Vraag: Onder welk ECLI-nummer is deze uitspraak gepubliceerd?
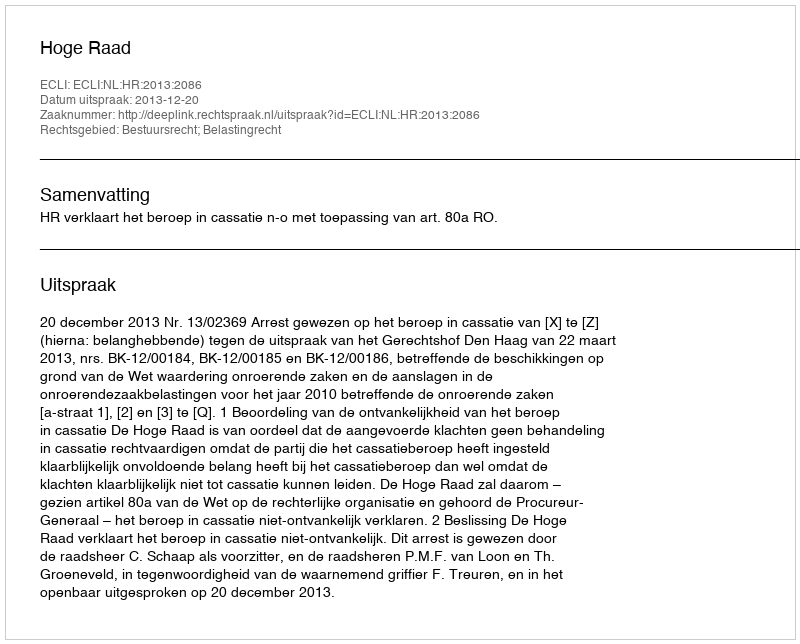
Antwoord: ECLI:NL:HR:2013:2086